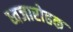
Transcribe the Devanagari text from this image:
ध्वजारोहक